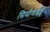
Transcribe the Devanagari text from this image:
सिमोनाइड्स